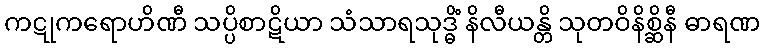
ကဋုကရောဟိဏီ သပ္ပိစာဋိယာ သံသာရသုဒ္ဓိံ နိလီယန္တိ သုတဝိနိစ္ဆိနီ ဓာရဏ